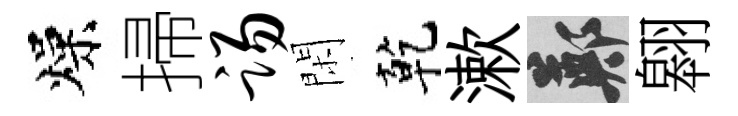
燥掃踢閑乾漱鄭翱